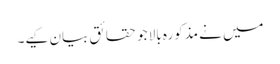
میں نے مذکورہ بالا جو حقائق بیان کیے۔